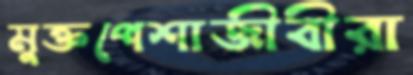
মুক্তপেশাজীবীরা